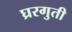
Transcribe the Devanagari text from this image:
घ्ररगुती